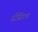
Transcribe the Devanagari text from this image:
स्टेंसिल्ड